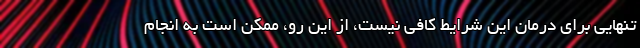
تنهایی برای درمان این شرایط کافی نیست، از این رو، ممکن است به انجام